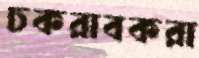
চকরাবকরা